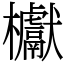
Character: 𣡌